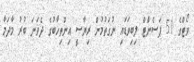
ވޯޓްގެ 51 ޕަސެންޓް ލިބިވަޑައި ނުގަތުމުން ރިޔާސީ އިންތިހާބުގެ ދެވަނަ ބުރު މާދަމާ